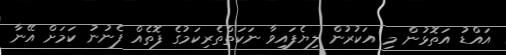
އައްޑު އަތޮޅުން މި އަކުރުން ލިޔެފައިވާ ނަކަތްތެރިކަމުގެ ފޮތެއް ފެނުނު ކަމަށް އޭނާ